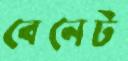
বেনেট